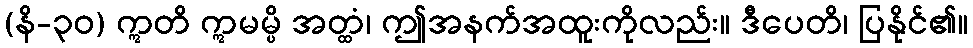
(နိ-၃၀) ဣတိ ဣမမ္ပိ အတ္ထံ၊ ဤအနက်အထူးကိုလည်း။ ဒီပေတိ၊ ပြနိုင်၏။